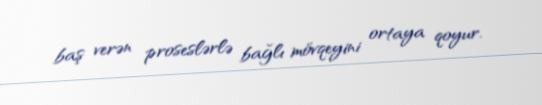
baş verən proseslərlə bağlı mövqeyini ortaya qoyur.